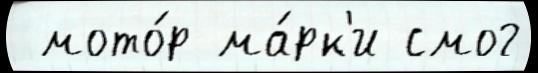
 мото́р ма́рк'и смог